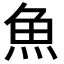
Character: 魚